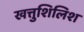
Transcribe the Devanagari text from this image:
खत्तुशिलिश